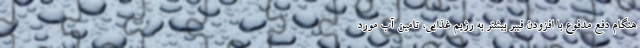
هنگام دفع مدفوع با افزودن فیبر بیشتر به رژیم غذایی، تامین آب مورد